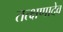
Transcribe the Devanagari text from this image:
तत्क्षणादेव